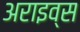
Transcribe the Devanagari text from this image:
अराइव्स